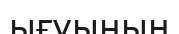
ығуының